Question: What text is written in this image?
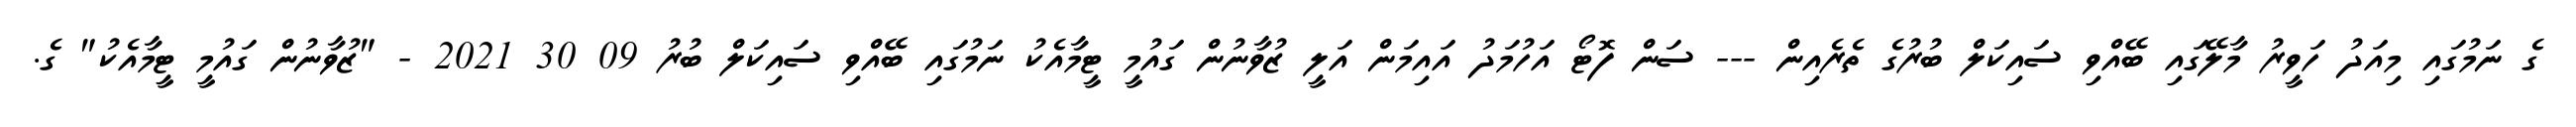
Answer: ގެ ނަމުގައި މިއަދު ހަވީރު މާލޭގައި ބޭއްވި ސައިކަލް ބުރުގެ ތެރެއިން --- ސަން ފޮޓޯ އަހުމަދު އައިމަން އަލީ ޒުވާނުން ގައުމީ ޓީމާއެކު ނަމުގައި ބޭއްވި ސައިކަލް ބުރު 09 30 2021 - "ޒުވާނުން ގައުމީ ޓީމާއެކު" ގެ.